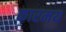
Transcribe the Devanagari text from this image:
कारमय